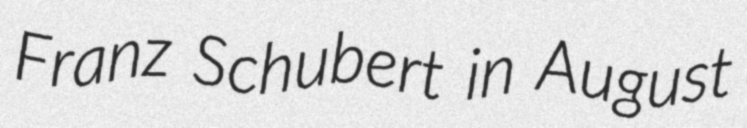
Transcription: Franz Schubert in August